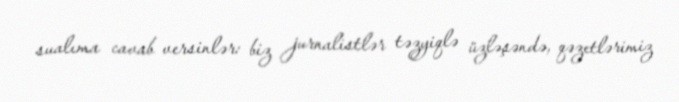
sualıma cavab versinlər: biz jurnalistlər təzyiqlə üzləşəndə, qəzetlərimiz